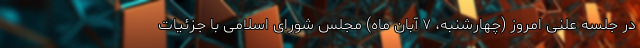
در جلسه علنی امروز (چهارشنبه، ۷ آبان ماه) مجلس شورای اسلامی با جزئیات